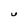
Character: U